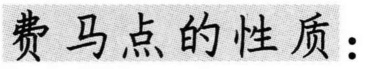
费马点的性质：